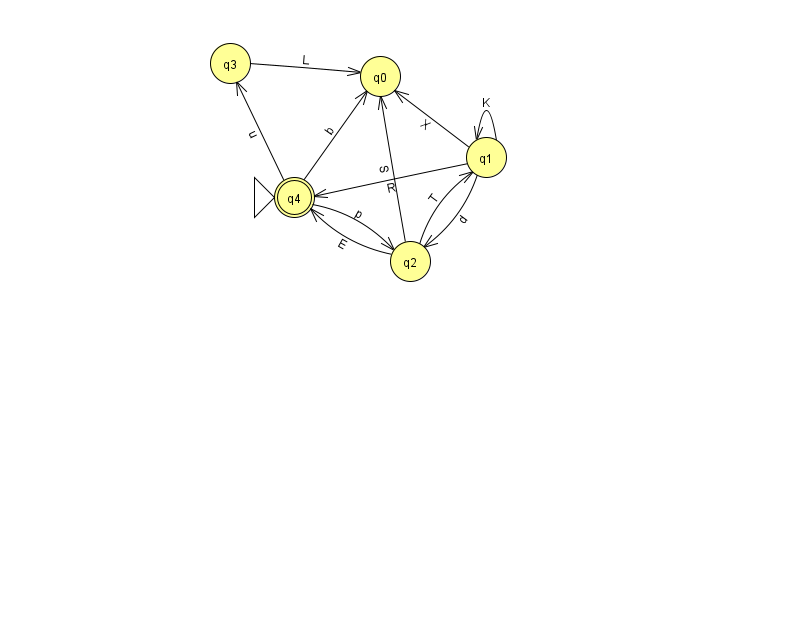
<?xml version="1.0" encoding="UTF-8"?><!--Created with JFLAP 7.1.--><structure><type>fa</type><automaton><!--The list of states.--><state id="0" name="q0"><x>380.0</x><y>63.0</y></state><state id="1" name="q1"><x>486.0</x><y>144.0</y></state><state id="2" name="q2"><x>410.0</x><y>248.0</y></state><state id="3" name="q3"><x>230.0</x><y>50.0</y></state><state id="4" name="q4"><x>294.0</x><y>184.0</y><initial/><final/></state><!--The list of transitions.--><transition><from>1</from><to>0</to><read>X</read></transition><transition><from>3</from><to>0</to><read>L</read></transition><transition><from>1</from><to>4</to><read>R</read></transition><transition><from>2</from><to>0</to><read>S</read></transition><transition><from>4</from><to>3</to><read>u</read></transition><transition><from>4</from><to>2</to><read>p</read></transition><transition><from>1</from><to>1</to><read>K</read></transition><transition><from>1</from><to>2</to><read>d</read></transition><transition><from>2</from><to>1</to><read>T</read></transition><transition><from>2</from><to>4</to><read>E</read></transition><transition><from>4</from><to>0</to><read>b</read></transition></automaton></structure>